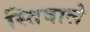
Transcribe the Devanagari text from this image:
स्तिवाले